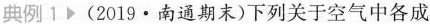
典例 1 (2019·南通期味)下列关于空气中各成